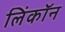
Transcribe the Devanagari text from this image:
लिंकॉन